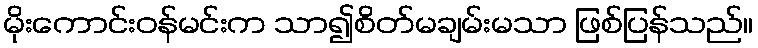
မိုးကောင်းဝန်မင်းက သာ၍စိတ်မချမ်းမသာ ဖြစ်ပြန်သည်။